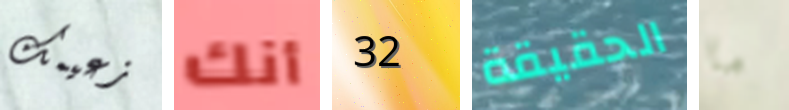
زعيمك أنك 32 الحقيقة ما